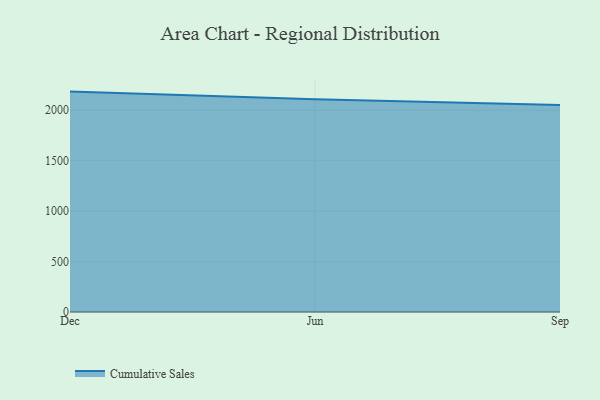
{"axis": {"x": "Month", "y": "Churn Rate (%)"}, "legend": ["Cumulative Sales"], "data": [{"x": "Dec", "y": 2185.0, "type": "Cumulative Sales"}, {"x": "Jun", "y": 2108.1, "type": "Cumulative Sales"}, {"x": "Sep", "y": 2053.0, "type": "Cumulative Sales"}]}